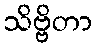
သိဗ္ဗိတာ